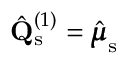
\hat { \mathbf { Q } } _ { \mathrm { s } } ^ { ( 1 ) } = \hat { \pmb { \mu } } _ { \mathrm { s } }